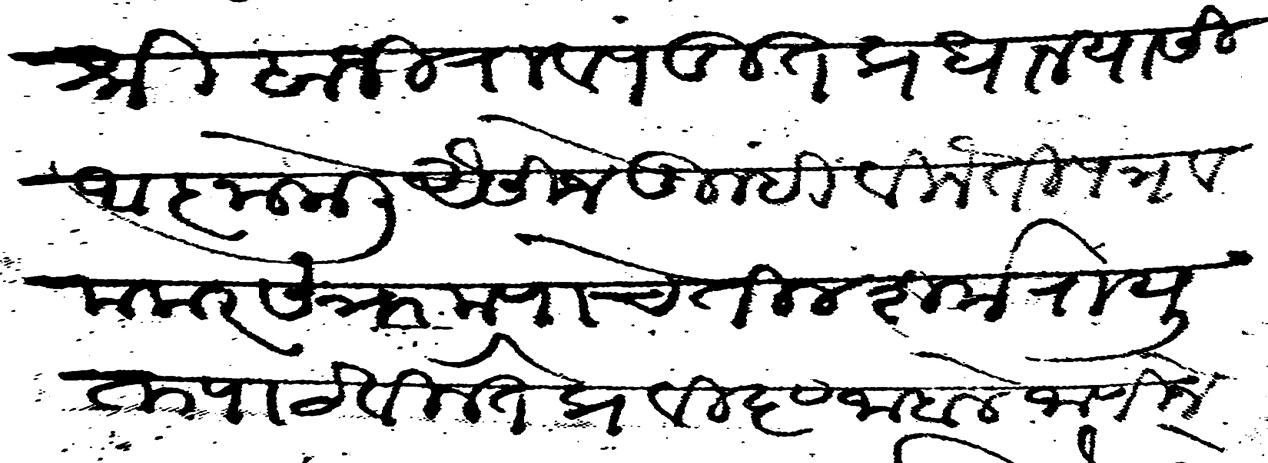
Transliteration (Devanagari): राजश्री बाजीराव पंडित प्रधान यासी आज्ञा केली ऐसीजे तुम्ही विनंती पत्र व मकर संक्रमणाचे तील शर्करायुक्त पाटविले ते प्रविष्ट जाहाले जाणिजे